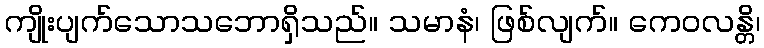
ကျိုးပျက်သောသဘောရှိသည်။ သမာနံ၊ ဖြစ်လျက်။ ကေဝလန္တိ၊